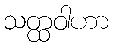
သတ္ထဝါဟာ